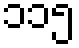
၁၁၅